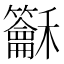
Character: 𥤖